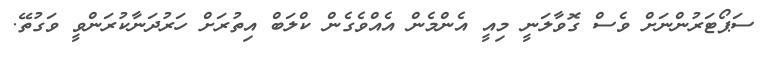
ސަޕޯޓަރުންނަށް ވެސް ގޮވާލަނީ މިއީ އެންމެން އެއްވެގެން ކްލަބް އިތުރަށް ހަރުދަނާކުރަންވީ ވަގުތޭ.